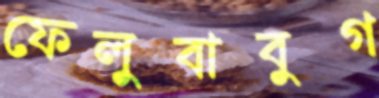
ফেলুবাবুগ